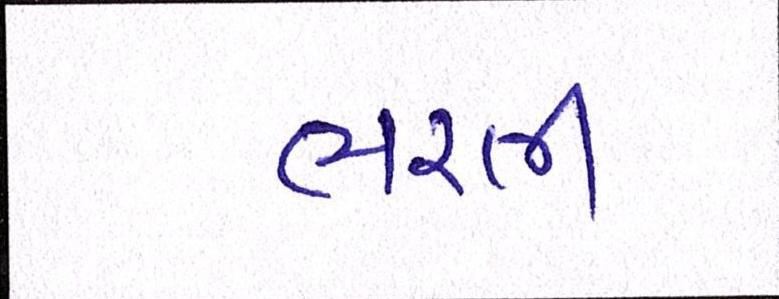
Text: ભરતી